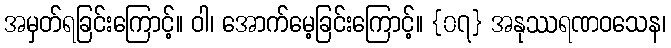
အမှတ်ရခြင်းကြောင့်။ ဝါ၊ အောက်မေ့ခြင်းကြောင့်။ {၀၇} အနုဿရဏဝသေန၊